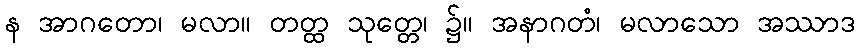
န အာဂတော၊ မလာ။ တတ္ထ သုတ္တေ၊ ၌။ အနာဂတံ၊ မလာသော အဿာဒ